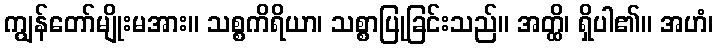
ကျွန်တော်မျိုးမအား။ သစ္စကိရိယာ၊ သစ္စာပြုခြင်းသည်။ အတ္ထိ၊ ရှိပါ၏။ အဟံ၊